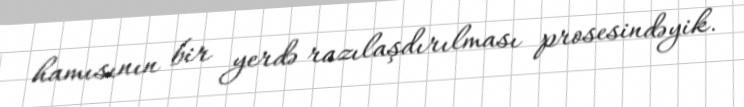
hamısının bir yerdə razılaşdırılması prosesindəyik.